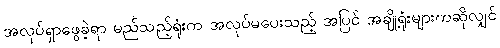
အလုပ်ရှာဖွေခဲ့ရာ မည်သည့်ရုံးက အလုပ်မပေးသည့် အပြင် အချို့ရုံးများကဆိုလျှင်